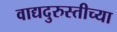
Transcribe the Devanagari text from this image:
वाद्यदुरुस्तीच्या